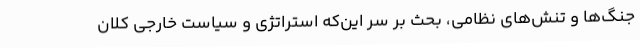
جنگ‌ها و تنش‌های نظامی، بحث بر سر این‌که استراتژی و سیاست خارجی کلان